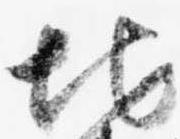
地